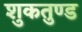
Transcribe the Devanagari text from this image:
शुकतुण्ड